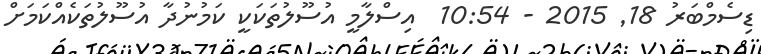
ޑިސެމްބަރު 18